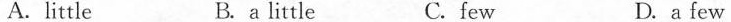
A.little B. a little C. few D.a few